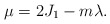
\begin{align*}\mu=2J_1-m\lambda.\end{align*}